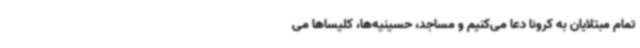
تمام مبتلایان به کرونا دعا می‌کنیم و مساجد، حسینیه‌ها، کلیساها می